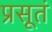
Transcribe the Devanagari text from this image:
प्रसूतं